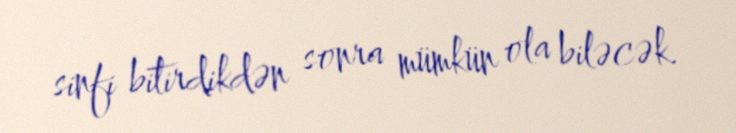
sinfi bitirdikdən sonra mümkün ola biləcək.